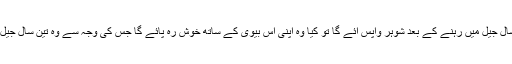
کیا جب تین سال جیل میں رہنے کے بعد شوہر واپس آئے گا تو کیا وہ اپنی اس بیوی کے ساتھ خوش رہ پائے گا جس کی وجہ سے وہ تین سال جیل میں رہا ہے۔